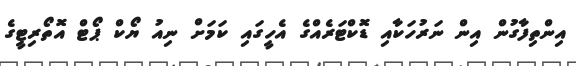
އިންތިފާގުން އިން ނަރުހަކާއި ޑޮކްޓަރެއްގެ އެހީގައި ކަމަށް ނިއު ޔޯކް ޕޯޓް އޮތޯރިޓީގެ